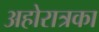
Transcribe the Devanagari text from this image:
अहोरात्रका